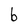
Character: b